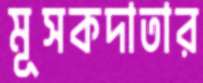
মূসকদাতার